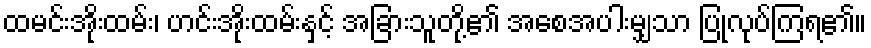
ထမင်းအိုးထမ်း၊ ဟင်းအိုးထမ်းနှင့် အခြားသူတို့၏ အစေအပါးမျှသာ ပြုလုပ်ကြရ၏။